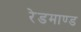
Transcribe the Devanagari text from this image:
रेडमाण्ड